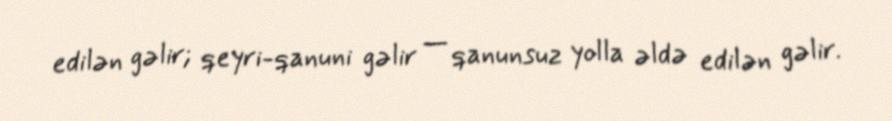
edilən gəlir; qeyri-qanuni gəlir — qanunsuz yolla əldə edilən gəlir.